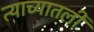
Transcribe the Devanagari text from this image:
त्याच्यातली